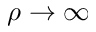
\rho \rightarrow \infty